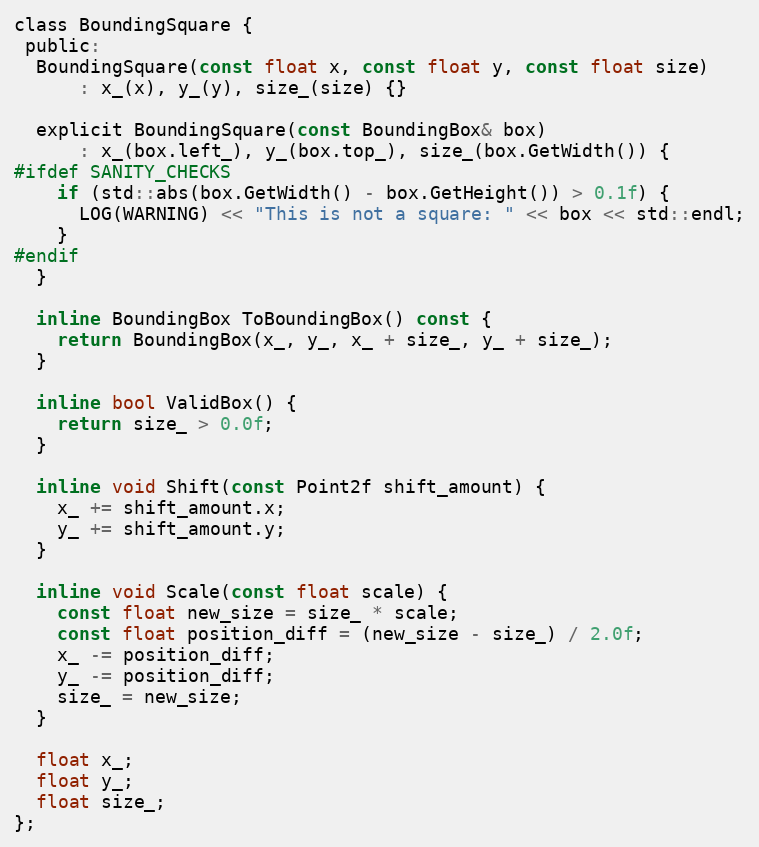
Language: C
class BoundingSquare {
 public:
  BoundingSquare(const float x, const float y, const float size)
      : x_(x), y_(y), size_(size) {}

  explicit BoundingSquare(const BoundingBox& box)
      : x_(box.left_), y_(box.top_), size_(box.GetWidth()) {
#ifdef SANITY_CHECKS
    if (std::abs(box.GetWidth() - box.GetHeight()) > 0.1f) {
      LOG(WARNING) << "This is not a square: " << box << std::endl;
    }
#endif
  }

  inline BoundingBox ToBoundingBox() const {
    return BoundingBox(x_, y_, x_ + size_, y_ + size_);
  }

  inline bool ValidBox() {
    return size_ > 0.0f;
  }

  inline void Shift(const Point2f shift_amount) {
    x_ += shift_amount.x;
    y_ += shift_amount.y;
  }

  inline void Scale(const float scale) {
    const float new_size = size_ * scale;
    const float position_diff = (new_size - size_) / 2.0f;
    x_ -= position_diff;
    y_ -= position_diff;
    size_ = new_size;
  }

  float x_;
  float y_;
  float size_;
};